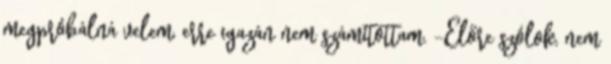
megpróbálná velem, erre igazán nem számítottam. -Előre szólok, nem